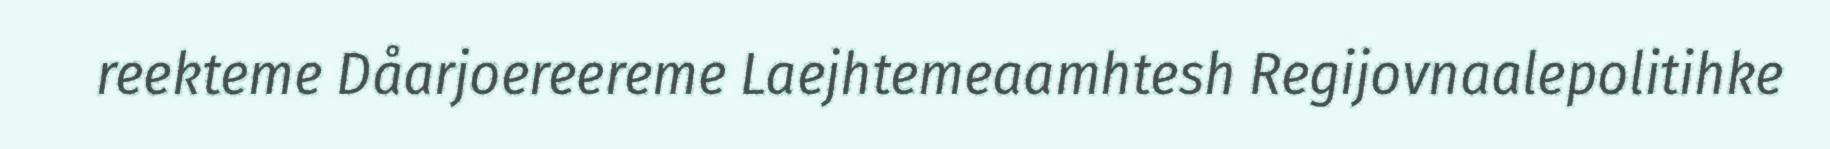
reekteme Dåarjoereereme Laejhtemeaamhtesh Regijovnaalepolitihke